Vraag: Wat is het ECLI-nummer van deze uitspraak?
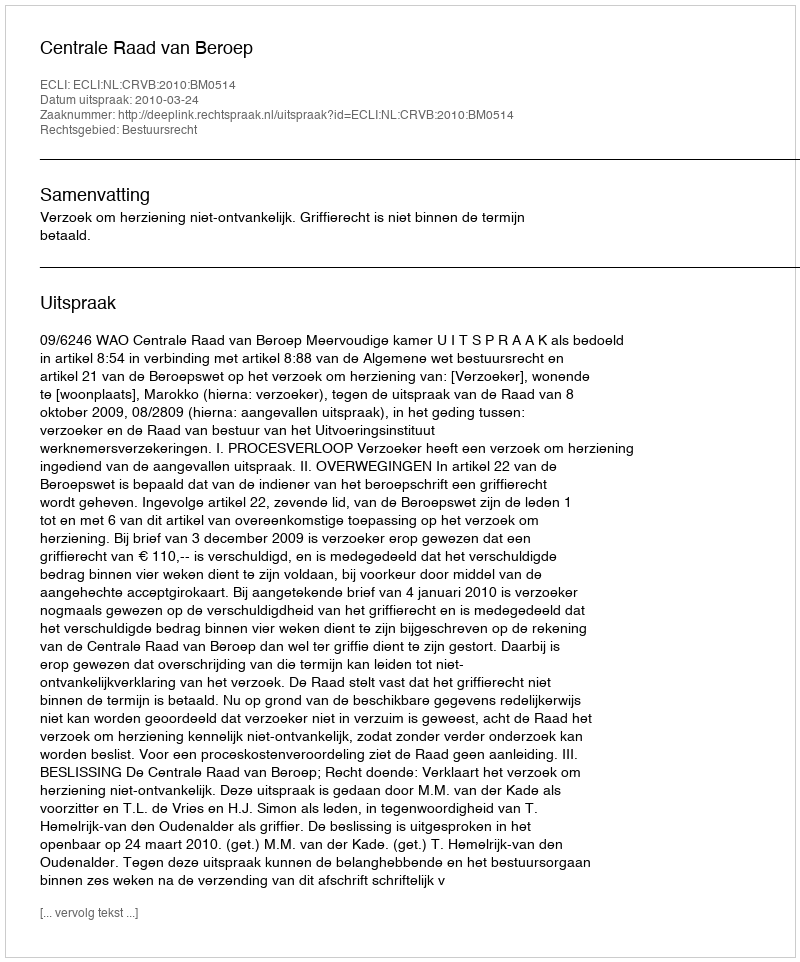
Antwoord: ECLI:NL:CRVB:2010:BM0514